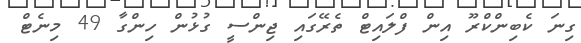
ގިނަ ކެބިންކްރޫ އިން ފްލައިޓް ތެރޭގައި ޖިންސީ ގުޅުން ހިންގާ 49 މިނެޓް